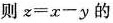
则z=x-y的